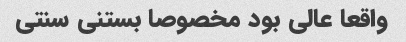
واقعا عالی بود مخصوصا بستنی سنتی